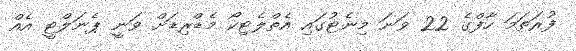
ފުރަތަމަ ހާފްގެ 22 ވަނަ މިނެޓުގައި އެތްލެޓިކޯ މެޑްރިޑަށް ވަނީ ޕެނަލްޓީ އެއް